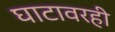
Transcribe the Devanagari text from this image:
घाटावरही